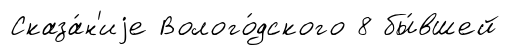
Сказа́н'иjе Волого́дского 8 бы́вшей